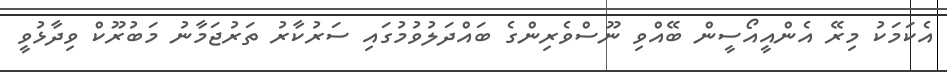
އެކަމަކު މިރޭ އެންއީއޯސީން ބޭއްވި ނޫސްވެރިންގެ ބައްދަލުވުމުގައި ސަރުކާރު ތަރުޖަމާނު މަބުރޫކް ވިދާޅުވީ